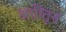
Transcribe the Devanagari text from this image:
अग्नींतून